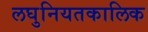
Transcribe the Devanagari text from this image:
लघुनियतकालिक